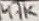
Text: 47K